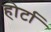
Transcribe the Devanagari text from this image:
होर्टा